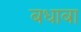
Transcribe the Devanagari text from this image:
बधाबा